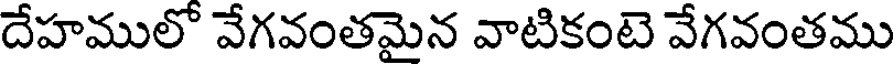
దేహములో వేగవంతమైన వాటికంటె వేగవంతము